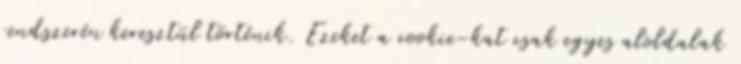
rendszerén keresztül történik. Ezeket a cookie-kat csak egyes aloldalak